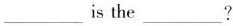
___is the___?